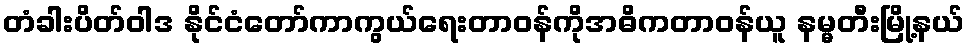
တံခါးပိတ်ဝါဒ နိုင်ငံတော်ကာကွယ်ရေးတာဝန်ကိုအဓိကတာဝန်ယူ နမ္မတီးမြို့နယ်